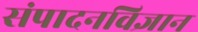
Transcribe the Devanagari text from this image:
संपादनविज्ञान